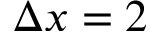
\Delta x = 2